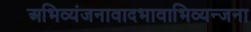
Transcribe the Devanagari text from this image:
अभिव्यंजनावादभावाभिव्यन्जना